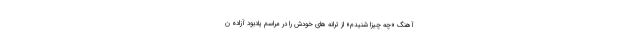
آهنگ «چه چیزا شنیدم» از ترانه های خودش را در مراسم یادبود آزاده ن